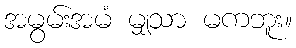
အမွမ်းအမံ မျှသာ မကဘူး။